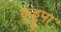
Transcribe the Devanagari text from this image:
कुड्डुपा